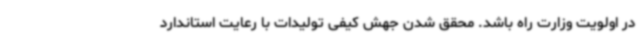
در اولویت وزارت راه باشد. محقق شدن جهش کیفی تولیدات با رعایت استاندارد